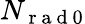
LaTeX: N_{\mathrm{~r~a~d~}0}